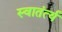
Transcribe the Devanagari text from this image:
स्वातंर्त्य